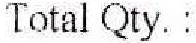
TOTAL QTY. :